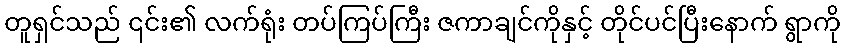
တူရှင်သည် ၎င်း၏ လက်ရုံး တပ်ကြပ်ကြီး ဇကာချင်ကိုနှင့် တိုင်ပင်ပြီးနောက် ရွာကို